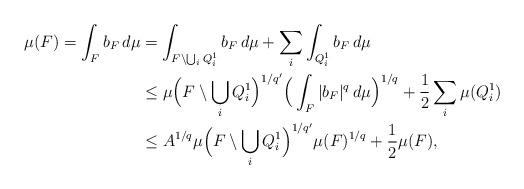
LaTeX: \begin{align*}\mu(F)= \int_F b_F \,d\mu &= \int_{F\setminus \bigcup_i Q^1_i} b_F \,d\mu + \sum_i \int_{Q^1_i} b_F \,d\mu\\&\leq \mu \Big(F \setminus \bigcup_i Q^1_i \Big)^{1/q'} \Big( \int_F|b_F|^q \,d\mu \Big)^{1/q} + \frac{1}{2} \sum_i \mu(Q^1_i)\\& \leq A^{1/q} \mu \Big(F \setminus \bigcup_i Q^1_i \Big)^{1/q'} \mu(F)^{1/q} +\frac{1}{2} \mu(F),\end{align*}